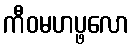
ကီဝမဟပ္ဖလော